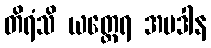
တိရံသိ ယတ္ထေရ အပဒါန